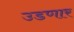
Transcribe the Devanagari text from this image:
उडणार